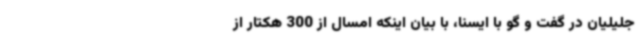
جلیلیان در گفت و گو با ایسنا، با بیان اینکه امسال از 300 هکتار از